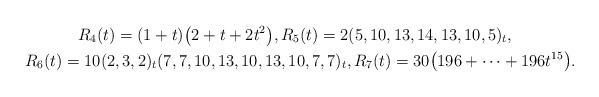
\begin{gather*}R_4(t)=(1+t)\big(2+t+2t^2\big), R_5(t)= 2 (5,10,13,14,13,10,5)_{t},\\R_6(t)= 10 (2,3,2)_{t} (7,7,10,13,10,13,10,7,7)_{t}, R_7(t)=30\big(196+\cdots+196 t^{15}\big).\end{gather*}